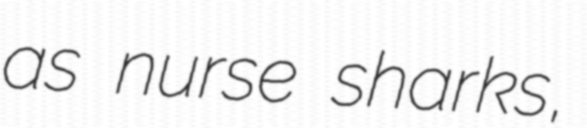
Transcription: as nurse sharks,